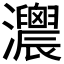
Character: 𤅛